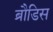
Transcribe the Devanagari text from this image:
ब्रौडिस